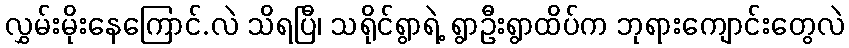
လွှမ်းမိုးနေကြောင်.လဲ သိရပြီ၊ သရိုင်ရွာရဲ့ ရွာဦးရွာထိပ်က ဘုရားကျောင်းတွေလဲ